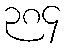
၃၈၄